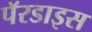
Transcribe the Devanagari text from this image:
पॅरडाइस